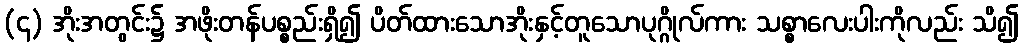
(၄) အိုးအတွင်း၌ အဖိုးတန်ပစ္စည်းရှိ၍ ပိတ်ထားသောအိုးနှင့်တူသောပုဂ္ဂိုလ်ကား သစ္စာလေးပါးကိုလည်း သိ၍